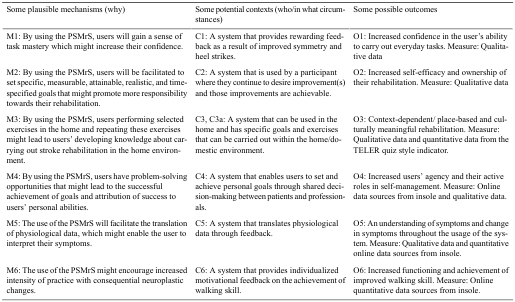
<table><thead><tr><td><b>Some plausible mechanisms (why)</b></td><td><b>Some potential contexts (who/in what circumstances)</b></td><td><b>Some possible outcomes</b></td></tr></thead><tbody><tr><td>M1: By using the PSMrS, users will gain a sense of task mastery which might increase their confidence.</td><td>C1: A system that provides rewarding feedback as a result of improved symmetry and heel strikes.</td><td>O1: Increased confidence in the user’s ability to carry out everyday tasks. Measure: Qualitative data</td></tr><tr><td>M2: By using the PSMrS, users will be facilitated to set specific, measurable, attainable, realistic, and time-specified goals that might promote more responsibility towards their rehabilitation.</td><td>C2: A system that is used by a participant where they continue to desire improvement(s) and those improvements are achievable.</td><td>O2: Increased self-efficacy and ownership of their rehabilitation. Measure: Qualitative data</td></tr><tr><td>M3: By using the PSMrS, users performing selected exercises in the home and repeating these exercises might lead to users’ developing knowledge about carrying out stroke rehabilitation in the home environment.</td><td>C3, C3a: A system that can be used in the home and has specific goals and exercises that can be carried out within the home/domestic environment.</td><td>O3: Context-dependent/ place-based and culturally meaningful rehabilitation. Measure: Qualitative data and quantitative data from the TELER quiz style indicator.</td></tr><tr><td>M4: By using the PSMrS, users have problem-solving opportunities that might lead to the successful achievement of goals and attribution of success to users’ personal abilities.</td><td>C4: A system that enables users to set and achieve personal goals through shared decision-making between patients and professionals.</td><td>O4: Increased users’ agency and their active roles in self-management. Measure: Online data sources from insole and qualitative data.</td></tr><tr><td>M5: The use of the PSMrS will facilitate the translation of physiological data, which might enable the user to interpret their symptoms.</td><td>C5: A system that translates physiological data through feedback.</td><td>O5: An understanding of symptoms and change in symptoms throughout the usage of the system. Measure: Qualitative data and quantitative online data sources from insole.</td></tr><tr><td>M6: The use of the PSMrS might encourage increased intensity of practice with consequential neuroplastic changes.</td><td>C6: A system that provides individualized motivational feedback on the achievement of walking skill.</td><td>O6: Increased functioning and achievement of improved walking skill. Measure: Online quantitative data sources from insole.</td></tr></tbody></table>